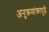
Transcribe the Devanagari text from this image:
अनुक्रमांकापुढे